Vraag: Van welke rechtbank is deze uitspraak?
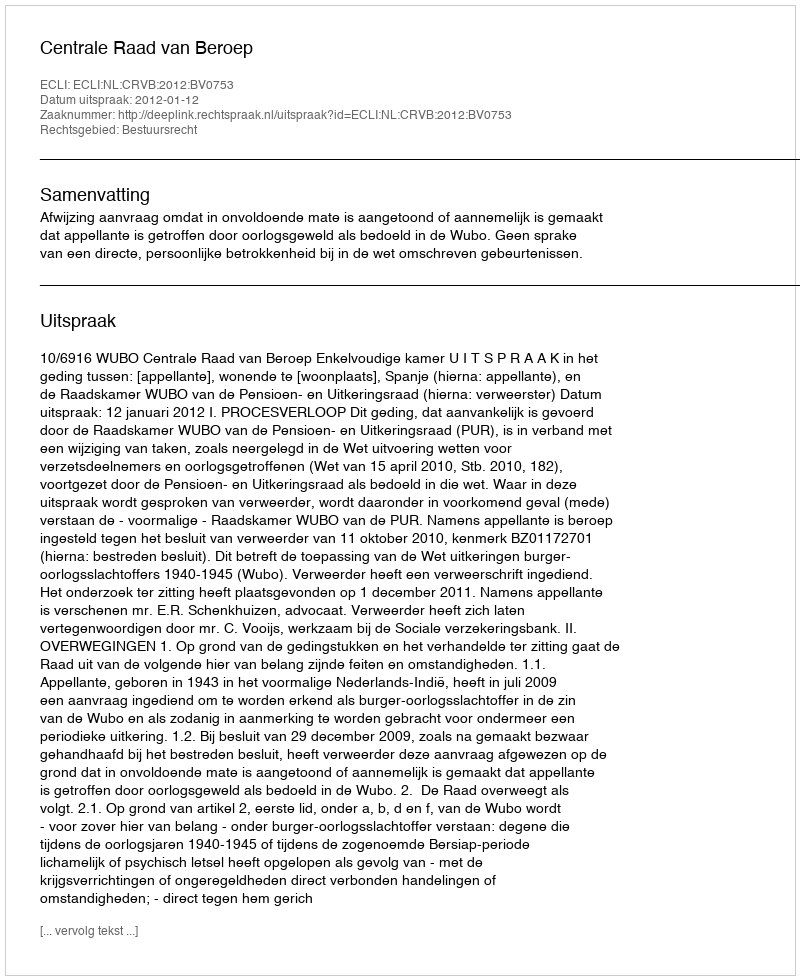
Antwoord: Centrale Raad van Beroep